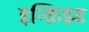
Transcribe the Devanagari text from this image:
इन्क्रिझ्ड